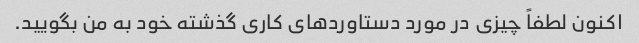
اکنون لطفاً چیزی در مورد دستاوردهای کاری گذشته خود به من بگویید.